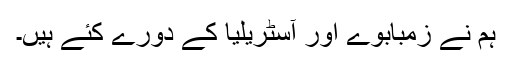
ہم نے زمبابوے اور آسٹریلیا کے دورے کئے ہیں۔